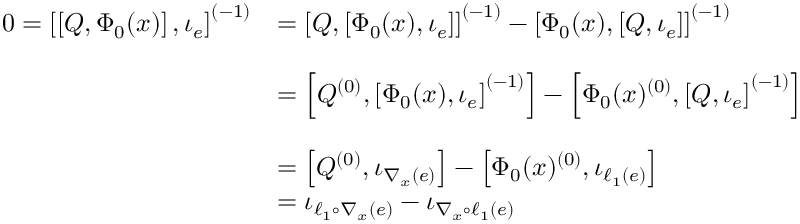
\begin{array} { r l } { 0 = \left[ \left[ Q , \Phi _ { 0 } ( x ) \right] , \iota _ { e } \right] ^ { ( - 1 ) } } & { = \left[ Q , \left[ \Phi _ { 0 } ( x ) , \iota _ { e } \right] \right] ^ { ( - 1 ) } - \left[ \Phi _ { 0 } ( x ) , \left[ Q , \iota _ { e } \right] \right] ^ { ( - 1 ) } } \\ & { } \\ & { = \left[ Q ^ { ( 0 ) } , \left[ \Phi _ { 0 } ( x ) , \iota _ { e } \right] ^ { ( - 1 ) } \right] - \left[ \Phi _ { 0 } ( x ) ^ { ( 0 ) } , \left[ Q , \iota _ { e } \right] ^ { ( - 1 ) } \right] } \\ & { } \\ & { = \left[ Q ^ { ( 0 ) } , \iota _ { \nabla _ { x } ( e ) } \right] - \left[ \Phi _ { 0 } ( x ) ^ { ( 0 ) } , \iota _ { \ell _ { 1 } ( e ) } \right] } \\ & { = \iota _ { \ell _ { 1 } \circ \nabla _ { x } ( e ) } - \iota _ { \nabla _ { x } \circ \ell _ { 1 } ( e ) } } \end{array}